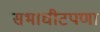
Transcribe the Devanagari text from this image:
सभाधीटपणा